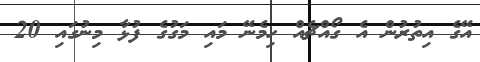
އޭގެ އިތުރުން އެ ގޯއްޗެއް ހިމެނޭ މައި މަގުގެ ފުޅާ މިނުގައި 20